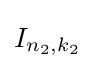
I_{n_{2},k_{2}}